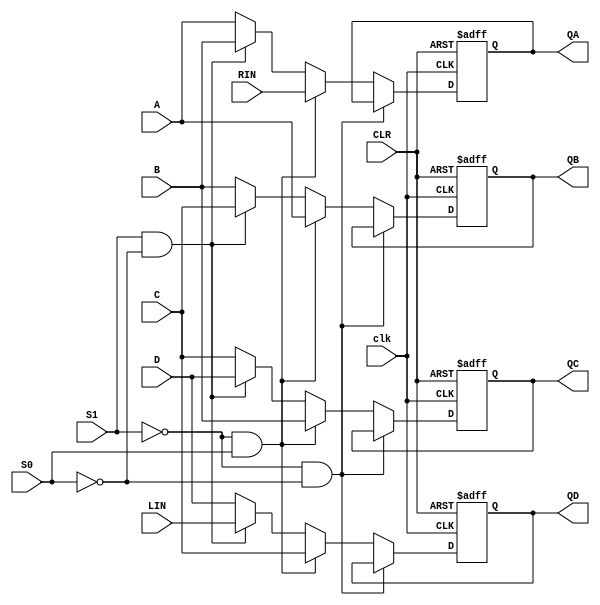
module IC74194(clk, CLR, S1, S0, A, B, C, D, LIN, RIN, QA, QB, QC, QD);
    input clk, CLR, S1, S0, A, B, C, D, LIN, RIN;
    output QA, QB, QC, QD;
    reg QA, QB, QC, QD;
    always @(posedge clk or negedge CLR) begin
        if (!CLR) begin
            QA <= 0; QB <= 0; QC <= 0; QD <= 0;
        end 
        else if (S1 == 0 & S0 == 0) begin // HOLD
            QA <= QA; QB <= QB; QC <= QC; QD <= QD;
        end
        else if (S1 == 0 & S0 == 1) begin // Q >> 1
            QA <= RIN; QB <= A; QC <= B; QD <= C;
        end
        else if (S1 == 1 & S0 == 0) begin // Q << 1
            QA <= B; QB <= C; QC <= D; QD <= LIN;
        end
        // (S1 == 1 & S0 == 1)
        else begin // LOAD
            QA <= A; QB <= B; QC <= C; QD <= D;
        end
    end

endmodule